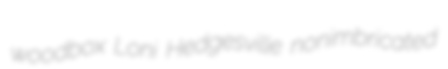
woodbox Loni Hedgesville nonimbricated